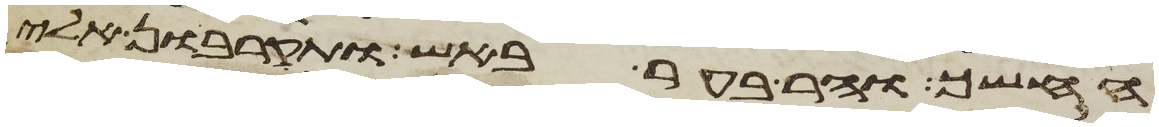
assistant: החשך וההר בער באש ותקרבון אלי